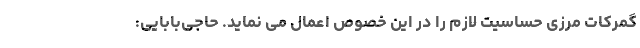
گمرکات مرزی حساسیت لازم را در این خصوص اعمال می نماید. حاجی‌بابایی: